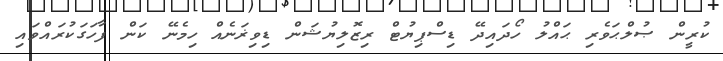
ކުރީން ޞުލްޙަވެރި ޙައްލު ހޯދައިދޭ ޑިސްޕިޔުޓް ރިޒޮލިޔުޝަން ޑިވިޜަނެއް ހިމެނޭ ކަން ފާހަގަކުރައްވައި